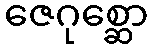
ဇေဂုစ္ဆော